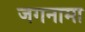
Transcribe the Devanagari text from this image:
जगनामा